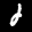
Label: 2